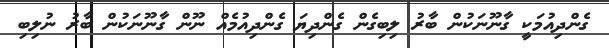
ގެންދިއުމަކީ ގާނޫނަކުން ބާރު ލިބިގެން ގެންދިޔަ ގެންދިއުމެއް ނޫން ގާނޫނަކުން ބާރު ނުލިބި